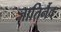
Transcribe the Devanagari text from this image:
जातिर्नैव